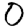
Digit: 0